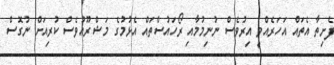
ފެށިތާ އެތައް އަހަރެއްވީ އިރުވެސް ނުނިމުމާއި ރޯހައުސްތައް އެޅުމުގެ މަޝްރޫއުވެސް ކުރިއަށް ނުގޮސް